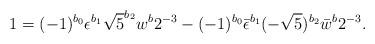
LaTeX: \begin{align*}1 = (-1)^{b_0}\epsilon^{b_1}\sqrt{5}^{b_2}w^b 2^{-3}- (-1)^{b_0}\bar\epsilon^{b_1}(-\sqrt{5})^{b_2}\bar w^b 2^{-3}.\end{align*}